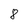
Character: 8